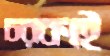
চরকাই